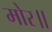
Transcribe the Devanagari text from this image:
मोर॥